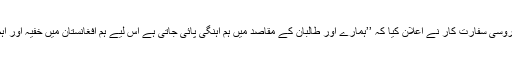
دسمبر ۲۰۱۵ء میں ایک جہاں دیدہ روسی سفارت کار نے اعلان کیا کہ ’’ہمارے اور طالبان کے مقاصد میں ہم آہنگی پائی جاتی ہے اس لیے ہم افغانستان میں خفیہ اور اہم معلومات کا تبادلہ کرسکتے ہیں‘‘۔